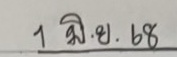
1 มิ.ย. 68